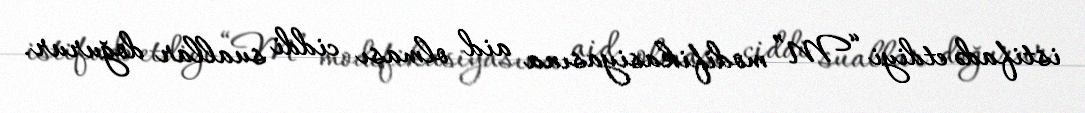
istifadə etdiyi “M” modifikasiyasına aid olması ciddi suallar doğurur.